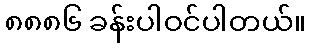
၈၈၈၆ ခန်းပါဝင်ပါတယ်။